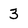
Character: 3